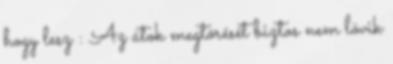
hogy lesz : Az átok megtörését biztos nem lövik